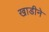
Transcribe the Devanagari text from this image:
खाडीने